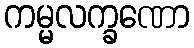
ကမ္မလက္ခဏော